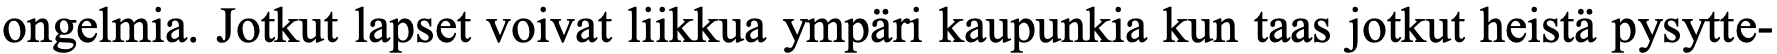
ongelmia. Jotkut lapset voivat liikkua ympäri kaupunkia kun taas jotkut heistä pysytte-